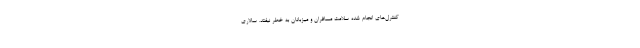
کنترل‌های انجام شده سلامت مسافران و میزبانان به خطر نیفتد. سالاری